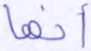
أنها